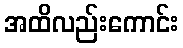
အထိလည်းကောင်း